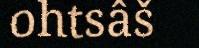
ohtsâš